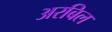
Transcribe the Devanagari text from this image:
अरबिल